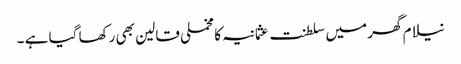
نیلام گھر میں سلطنت عثمانیہ کا مخملی قالین بھی رکھا گیا ہے ۔